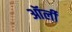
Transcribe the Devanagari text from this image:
ऑर्ली